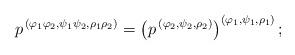
LaTeX: \begin{align*}p^{\,(\varphi_1\varphi_2,\psi_1\psi_2,\rho_1\rho_2)}= \left(p^{\,(\varphi_2,\psi_2,\rho_2)}\right)^{(\varphi_1,\psi_1,\rho_1)};\end{align*}